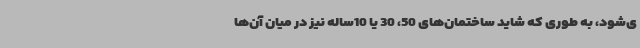
ی‌شود، به طوری که شاید ساختمان‌های 50، 30 یا 10ساله‌ نیز در میان آن‌ها